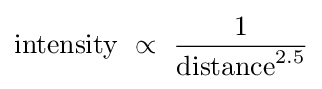
{\text{intensity}}\ \propto \ {\frac {1}{{\text{distance}}^{2.5}}}